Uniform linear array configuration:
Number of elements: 4
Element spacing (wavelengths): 0.25
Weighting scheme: cosine
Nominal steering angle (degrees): -30
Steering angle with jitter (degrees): -30.488
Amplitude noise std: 0.05
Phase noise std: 0.05

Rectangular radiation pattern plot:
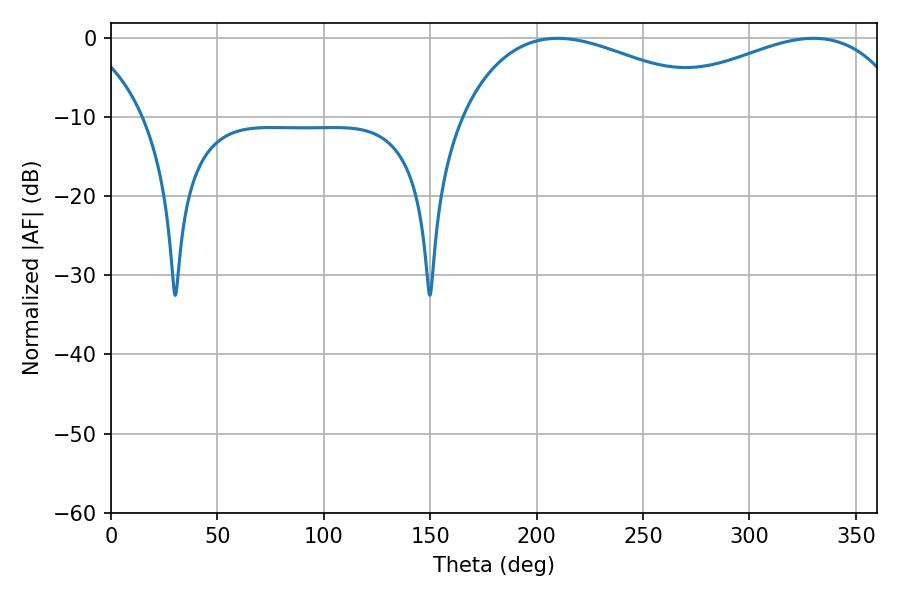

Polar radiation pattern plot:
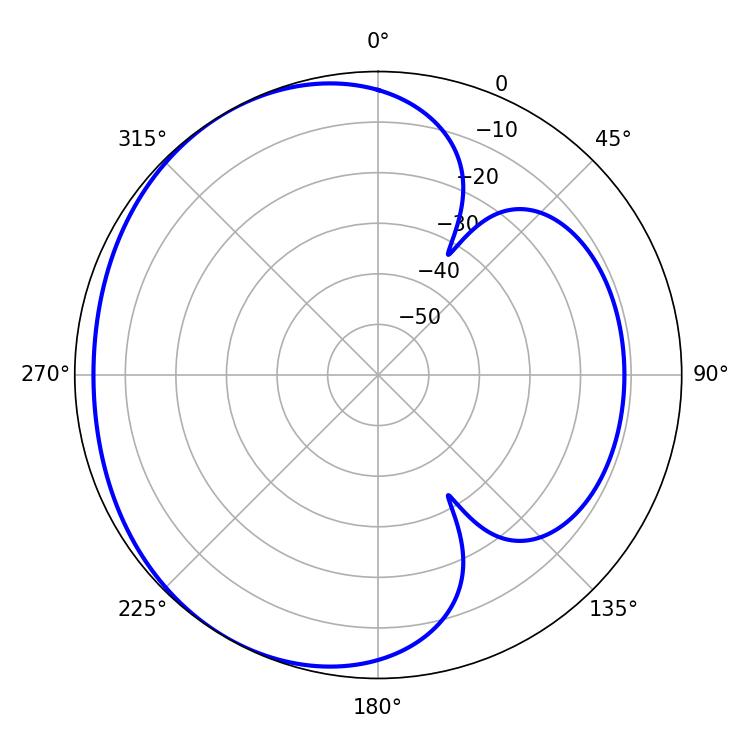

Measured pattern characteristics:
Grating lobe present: FALSE
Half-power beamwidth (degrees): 70.2
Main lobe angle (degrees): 209.88